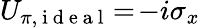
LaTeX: U_{\pi,\mathrm{~i~d~e~a~l~}}\! =\! -i\sigma_{x}